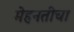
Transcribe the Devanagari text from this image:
मेहनतीचा